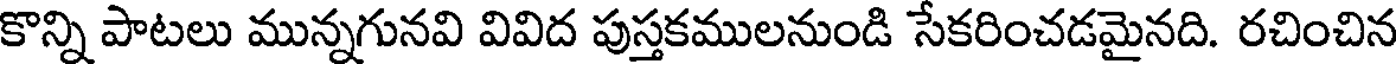
కొన్ని పాటలు మున్నగునవి వివిద పుస్తకములనుండి సేకరించడమైనది. రచించిన